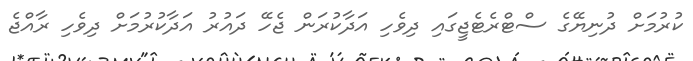
ކުރުމަށް ދުނިޔޭގެ ސްޓްރެޓެޖީގައި ދިވެހި އަދާކުރަން ޖެހޭ ދައުރު އަދާކުރުމަށް ދިވެހި ރާއްޖެ